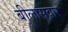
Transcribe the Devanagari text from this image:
बीलासवार